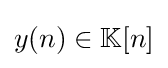
y(n)\in \mathbb {K} [n]